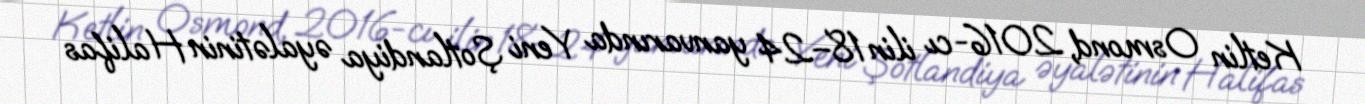
Ketlin Osmond, 2016-cı ilin 18–24 yanvarında Yeni Şotlandiya əyalətinin Halifas